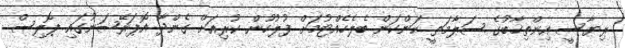
ރިޔާސީ އިންތިޚާބުގެ ސަލާމަތީ ކަންކަން ބެލެހެއްޓުމަށް ފުލުހުން ކުރިއަށް ގެންދާ އޮޕަރޭޝަނުގައި ޕޮލިސް